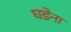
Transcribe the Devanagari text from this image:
घडेना